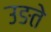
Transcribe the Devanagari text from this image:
उङते